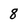
Character: 8